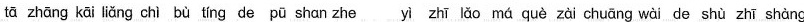
tā zhāng kāi liǎng chì bù tíng de pū shan zhe yi zhī lǎo má què zài chuāng wài de shù zhī shàng